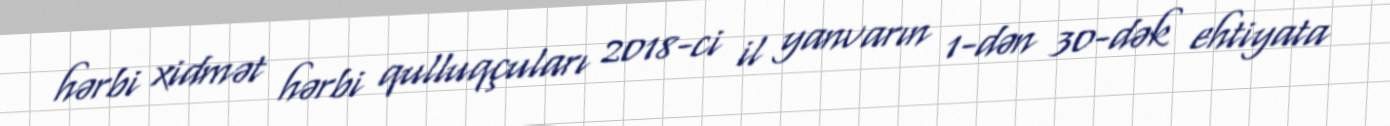
hərbi xidmət hərbi qulluqçuları 2018-ci il yanvarın 1-dən 30-dək ehtiyata